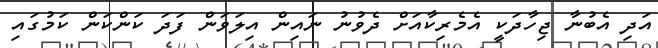
އަދި އެބުނާ ޖިހާދަކީ އެމެރިކާއަށް ދެވުނު ނައިން އިލަވަން ފަދަ ކަންކަން ކަމުގައި